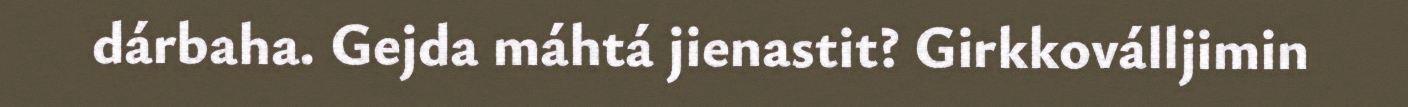
dárbaha. Gejda máhtá jienastit? Girkkoválljimin